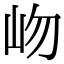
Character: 岉